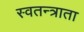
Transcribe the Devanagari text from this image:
स्वतन्त्राता